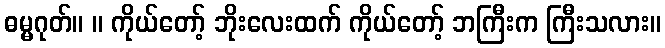
ဓမ္မဂုတ်။ ။ ကိုယ်တော့် ဘိုးလေးထက် ကိုယ်တော့် ဘကြီးက ကြီးသလား။